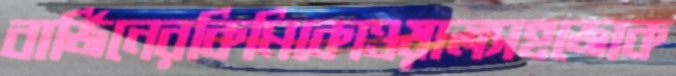
বার্জিনেরকিমিকোওয়ালসহজোক